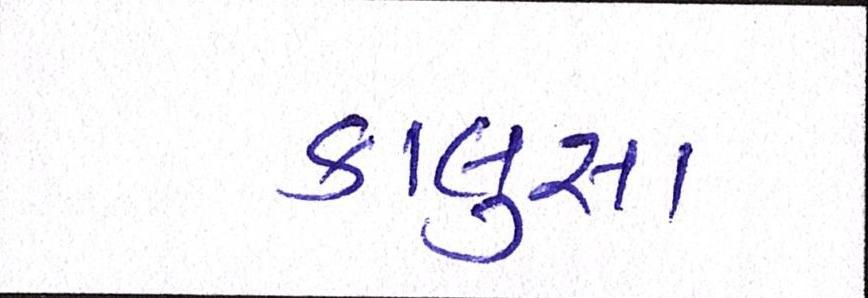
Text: કાલુસા